system: You are a helpful assistant.
user:
Analyze the provided spectrum to determine if it is a **S-type Star**.

- **Key Indicators for S-type Star:**

    - **(Overall Spectrum Shape):** The first and most obvious characteristic is the overall continuum (the "baseline" shape). It is **extremely "red-sloping,"** meaning the flux (light intensity) is very low on the left side (blue, ~4000-4500 Å) and rises steeply and continuously toward the right side (red, ~7000 Å+).

    - **(Primary):** The spectrum is defined by the presence of strong, broad molecular absorption "valleys" (bands) from **Zirconium Oxide (ZrO)**. The identification of these bands is the **primary requirement** for classifying a star as S-type.
        - **(Key Bandheads):** You must find distinct, deep "dips" where the light has been absorbed. The most critical band systems to locate are:
            - **~6474 Å** ($\gamma$-system): This is often the strongest and clearest ZrO feature, found in the red part of the spectrum.
            - **~5718 Å** & **~5551 Å** ($\beta$-system): A pair of prominent absorption features in the yellow-orange part of the spectrum.
            - **~4640 Å** ($\alpha$-system): A key absorption band system in the blue-green region of the spectrum.

    - **(Secondary Confirmation):** The classification is strengthened by finding additional absorption bands from other related heavy element oxides, which are expected to be present alongside ZrO.
        - **(Key Bandheads):**
            - **Yttrium Oxide (YO):** Look for absorption dips near **~4800 Å** and **~6100 Å**.
            - **Lanthanum Oxide (LaO):** Additional absorption features, particularly in the red-orange part of the spectrum, are also characteristic.

    - **(Line Profile):** The combination of the steep red continuum and these numerous, deep molecular bands (ZrO, YO, etc.) gives the entire spectrum a very **"chopped-up"** or **"bumpy"** appearance. Instead of a smooth curve, the spectrum looks as though large, wide chunks of light have been "carved out" of it at the specific wavelengths listed above.

Think first, call **spectral_visualization_tool** if needed to examine features in detail, then provide your final answer. Your response must adhere to the following strict rules:
1.  **Overall Structure:** Your response must follow the format `<think>...</think> <tool_call>...</tool_call> (if a tool is used) <answer>...</answer>`.
2.  **Tool Usage Constraint:** You may only make **one** tool call per turn.
3.  **Final Answer Format:** In the `<answer>` tag, your conclusion must be inside a `\boxed{}` command (e.g., `\boxed{YES}` or `\boxed{NO}`), followed by your justification.

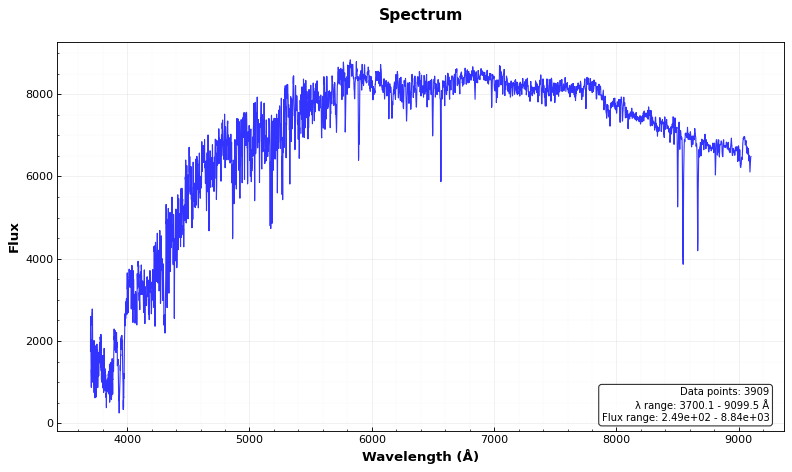
Answer: NO